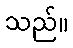
သည်။